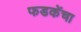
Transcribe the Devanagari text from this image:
फडकेंचा